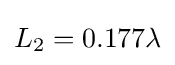
L_{2}=0.177\lambda